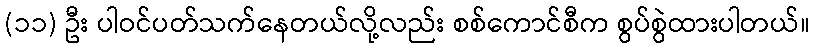
(၁၁) ဦး ပါဝင်ပတ်သက်နေတယ်လို့လည်း စစ်ကောင်စီက စွပ်စွဲထားပါတယ်။